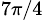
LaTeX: _{7\pi/4}